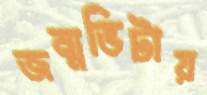
জন্মভিটায়